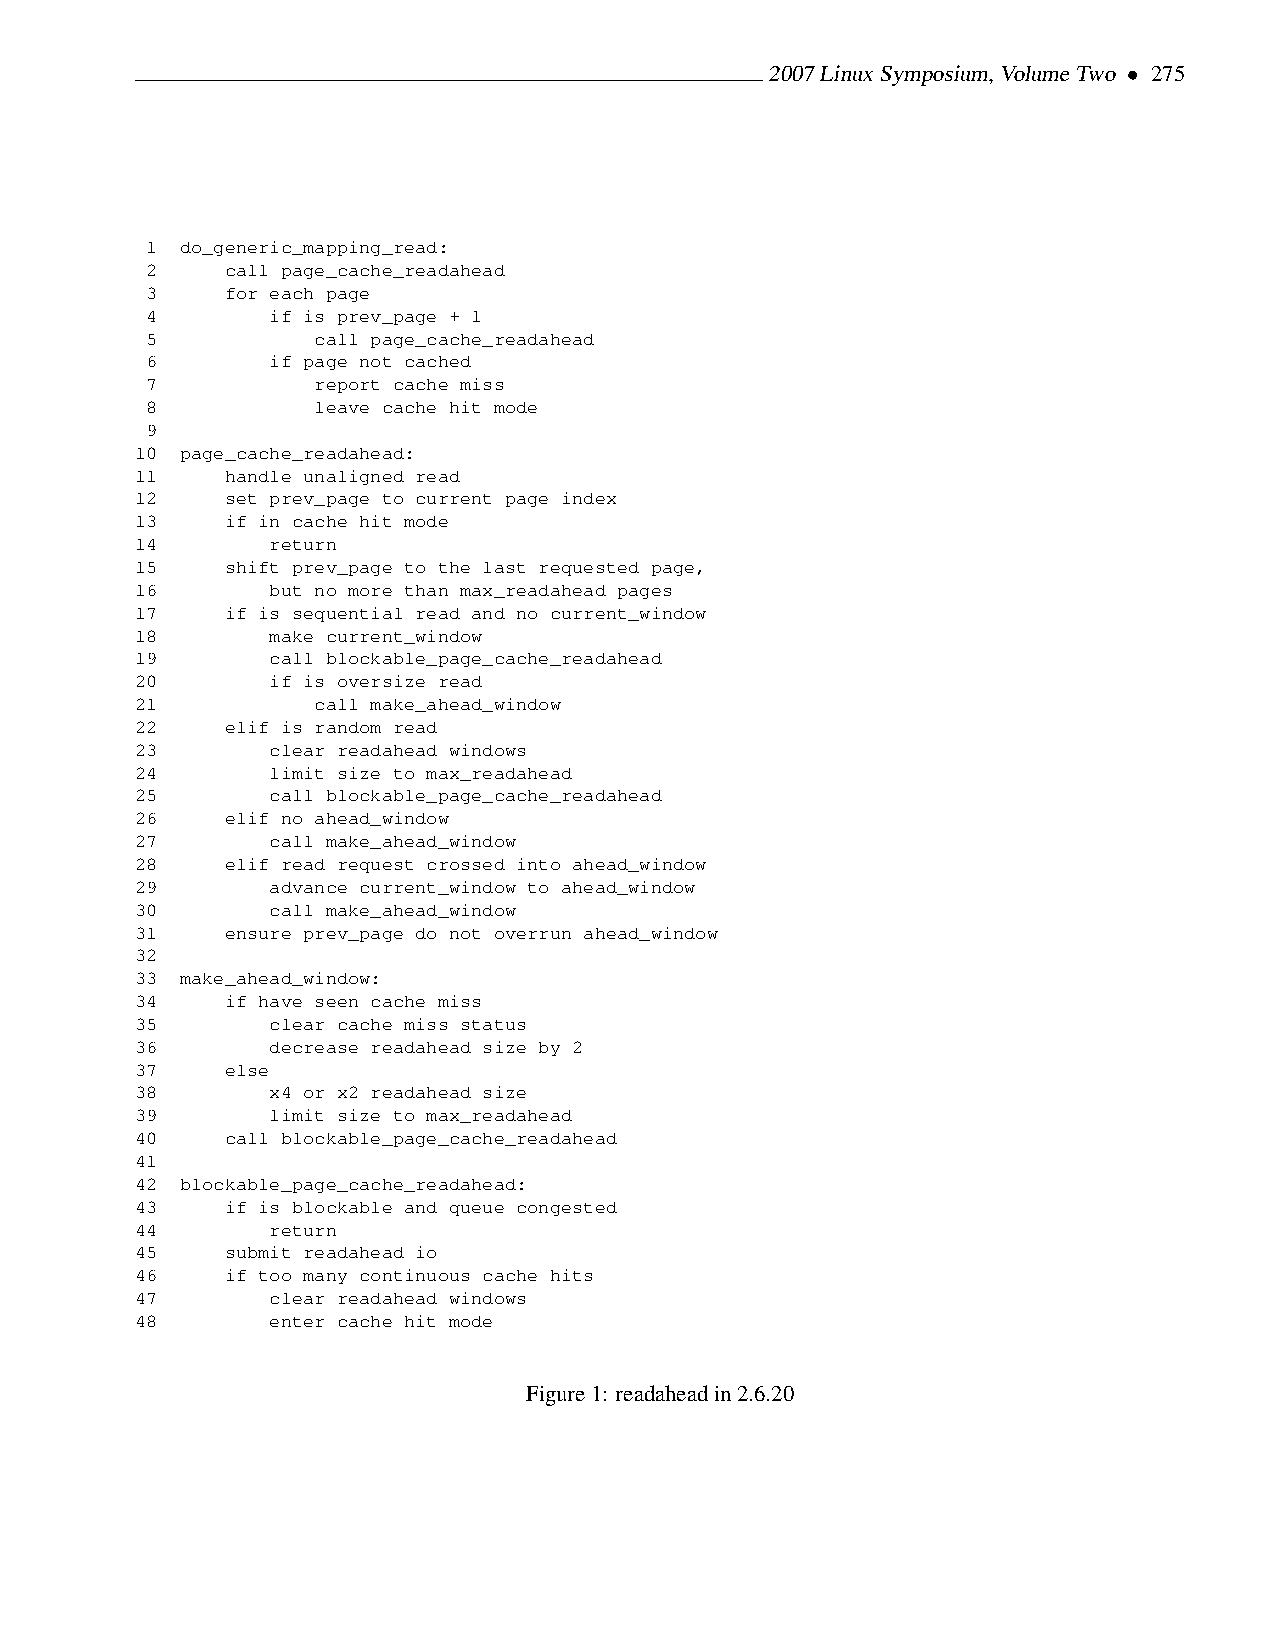
2007LinuxSymposium,VolumeTwo • 275
 1 do_generic_mapping_read:
 2    call page_cache_readahead
 3    for each page
 4       if is prev_page + 1
 5          call page_cache_readahead
 6       if page not cached
 7          report cache miss
 8          leave cache hit mode
 9
 10 page_cache_readahead:
 11    handle unaligned read
 12    set prev_page to current page index
 13    if in cache hit mode
 14       return
 15    shift prev_page to the last requested page,
 16       but no more than max_readahead pages
 17    if is sequential read and no current_window
 18       make current_window
 19       call blockable_page_cache_readahead
 20       if is oversize read
 21          call make_ahead_window
 22    elif is random read
 23       clear readahead windows
 24       limit size to max_readahead
 25       call blockable_page_cache_readahead
 26    elif no ahead_window
 27       call make_ahead_window
 28    elif read request crossed into ahead_window
 29       advance current_window to ahead_window
 30       call make_ahead_window
 31    ensure prev_page do not overrun ahead_window
 32
 33 make_ahead_window:
 34    if have seen cache miss
 35       clear cache miss status
 36       decrease readahead size by 2
 37    else
 38       x4 or x2 readahead size
 39       limit size to max_readahead
 40    call blockable_page_cache_readahead
 41
 42 blockable_page_cache_readahead:
 43    if is blockable and queue congested
 44       return
 45    submit readahead io
 46    if too many continuous cache hits
 47       clear readahead windows
 48       enter cache hit mode
 Figure1: readaheadin2.6.20